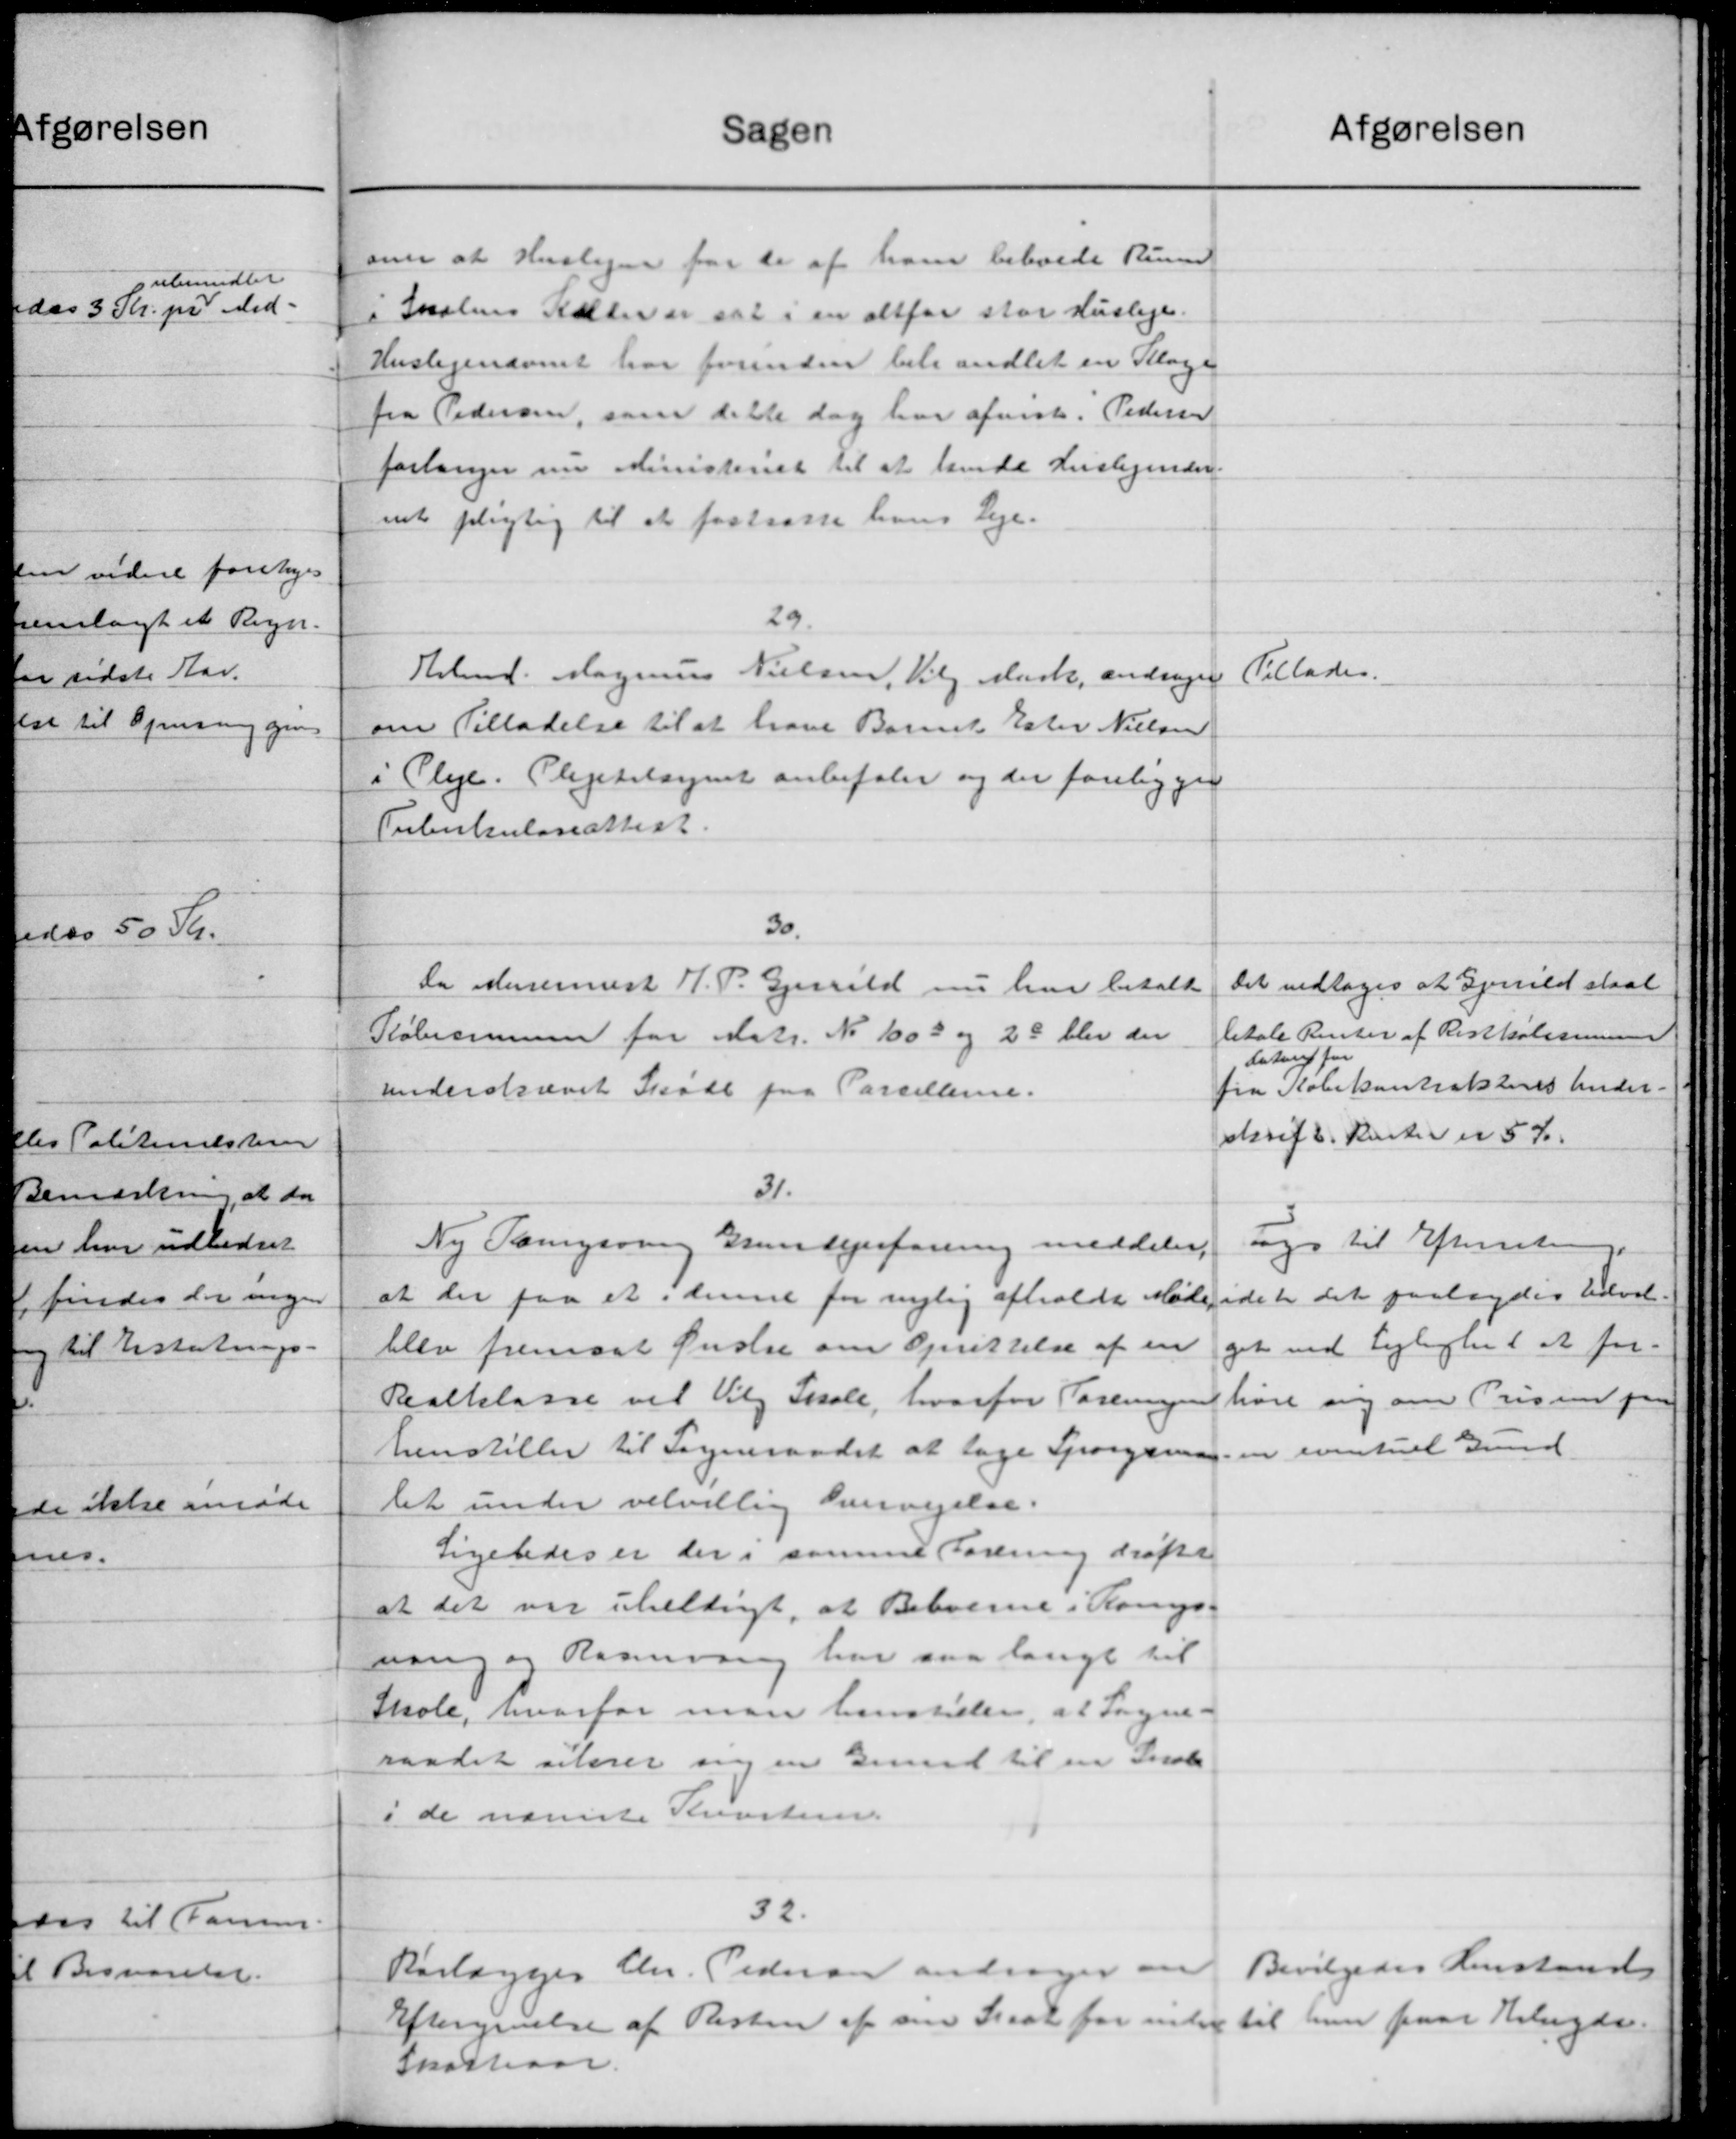
Transskription:
afgørelsen
sagen
omer at Huslejen for de af ham beboede Run
i Skolens Kalver sat i en altfor stor Husleje.
Huslejenævnet har forinden behandlet en Klage
fra Pedersen, som dette dog har afvist. Pedersen
forlanger nu Ministeriet til at hende Huslejende.
mt pligtig til at fastsatte hans Leje.
29.
Tillades.
Hrbmd. Magnus Nielsen, Valg Mark, andrager
om Tilladelse til at have Barnet Ester Nielsen
i Pleje. Plejetilsignet anbefaler og der foreligger
Tuberkuloseattest.
30.
Det vedtoges at Gjerrild staae
Da Murermest H. P. Gjerrild nu har betalt
betale Renter af Risskoles
Købesummen for Matr. No 1003 og 28 blev der
Lutrup for
fra Købekontrakteres Under.
Underskævet Skøde paa Parcellere.
skrift. Renter er 5 Kr.
31.
toges til Efterretning.
Ny Tangsvang Grundejerforening meddeler,
idet det paalagdes Udval-
at der paa et i denne for nylig afholdt Møde
get ved Lejlighed at for-
blev fremsat Ønstre om Oprettelse af en
høre sig om Prisen paa
Realklasse vil Vilg Skole, hvorfor Forening
henstiller til Sogneraadet at tage Spørgsmag. en eventuel Gund
let under velvillig Overvejelse.
Ligeledes er der i samme Forening drøfte
at det var uheldigt, at Beboerne i Kongs-
ning og Raavang har saa langt til
Skole, hvorfor man henstiller, at Sogne-
raadet sterer sig en Grund til en Indbe
i de nævnte Kristen.
32.
Bevilgedes Henstand
Rørlægger Chr. Pedersen andrager om
Eftergivelse af Resten af sin Staat for inden til han faar Belagdes.
Skatteaar.